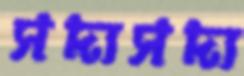
সদ্যসদ্য